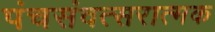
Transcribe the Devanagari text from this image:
पंचसंवत्सरात्मक